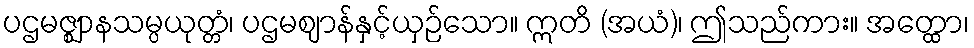
ပဌမဇ္ဈာနသမ္ပယုတ္တံ၊ ပဌမဈာန်နှင့်ယှဉ်သော။ ဣတိ (အယံ)၊ ဤသည်ကား။ အတ္ထော၊